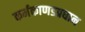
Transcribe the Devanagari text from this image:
कर्मकाणडप्रधान